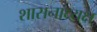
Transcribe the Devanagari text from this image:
शासनाध्‍यक्ष